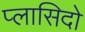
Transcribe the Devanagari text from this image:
प्लासिदो